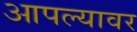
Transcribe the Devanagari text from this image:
आपल्‍यावर